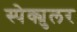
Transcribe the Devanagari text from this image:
स्पेक्युलर